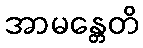
အာမန္တေတိ